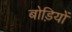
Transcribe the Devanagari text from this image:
बोड़ियों